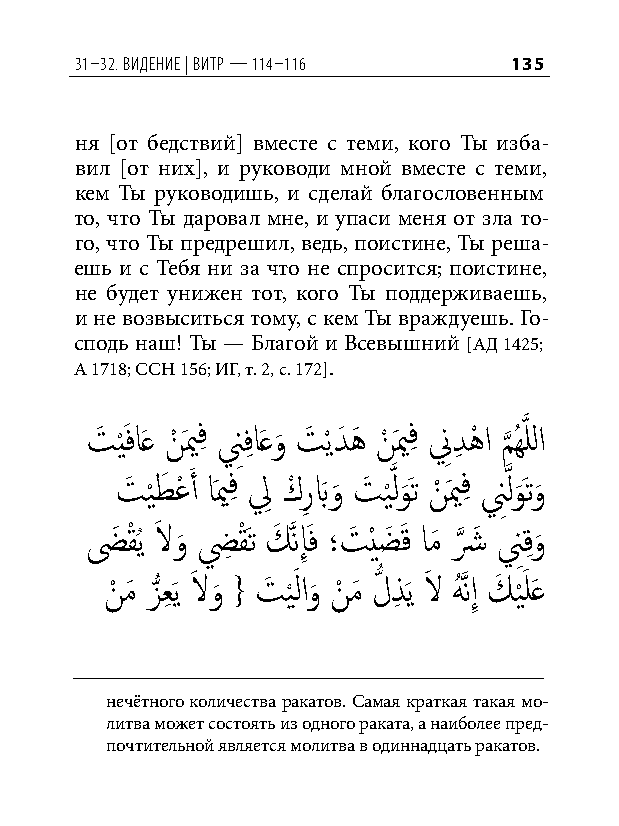
31–32. видение | витр — 114–116 135
 ня [от бедствий] вместе с теми, кого Ты изба-
 вил [от них], и руководи мной вместе с теми,
 кем Ты руководишь, и сделай благословенным
 то, что Ты даровал мне, и упаси меня от зла то-
 го, что Ты предрешил, ведь, поистине, Ты реша-
 ешь и с Тебя ни за что не спросится; поистине,
 не будет унижен тот, кого Ты поддерживаешь,
 и не возвыситься тому, с кем Ты враждуешь. Го-
 сподь наш! Ты — Благой и Всевышний [АД 1425;
 А 1718; ССН 156; ИГ, т. 2, с. 172].
 تَ ي َْفاَع نْ َيمفِ نِفِ اَعو
 َ
 تَ ْيدَ هَ نْ َيمفِ نِ دِ هْ ا م
 َّذ
 ُهَّذ للا
 تَ ي
 ْ
 طَ عْ َ أ اَيمفِ لِ كْ رِ بَو
 َ
 تَ ي َّْذ لو ََت نْ َيمفِ نَِّذ لو ََتو
 َ
 ضَ قْ ُي لاَ و
 َ
 ضِ قَْت كَ َّذنإَِف ؛تَ ْيضَ َق امَ شَّذ َ نِقِ و
 َ
 نْ مَ زُّ عِ َي لاَ و
 َ
 { تَ ي َْ لاو
 َ
 نْ مَ لُّ ذِ َي لاَ هَُّذنإِ كَ ي َْ لَع
 нечётного количества ракатов. Самая краткая такая мо-
 литва может состоять из одного раката, а наиболее пред-
 почтительной является молитва в одиннадцать ракатов.